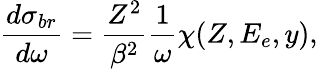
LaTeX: \frac{d\sigma_{br}}{d\omega}=\frac{Z^{2}}{\beta^{2}}\frac{1}{\omega}\chi(Z,E_{e},y),